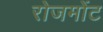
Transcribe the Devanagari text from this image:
रोजमोंट